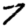
Digit: 7